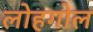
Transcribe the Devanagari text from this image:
लोहगोल